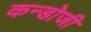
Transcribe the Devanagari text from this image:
कन्डोजी